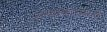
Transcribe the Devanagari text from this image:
नृत्यप्रकाराचेही